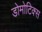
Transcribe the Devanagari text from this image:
डोमोटिक्स